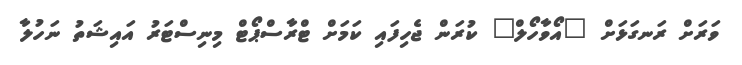
ވަރަށް ރަނގަޅަށް "އޯވާހޯލް" ކުރަން ޖެހިފައި ކަމަށް ޓްރާސްޕޯޓް މިނިސްޓަރު އައިޝަތު ނަހުލާ